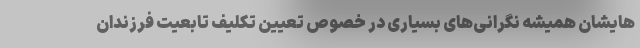
‌هایشان همیشه نگرانی‌های بسیاری در خصوص تعیین تکلیف تابعیت فرزندان